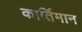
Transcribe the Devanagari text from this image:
कार्तिमान